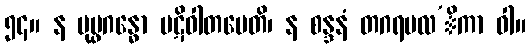
၅၄။ န ပုပ္ဖဂန္ဓော ပဋိဝါတမေတိ၊ န စန္ဒနံ တဂရမလ’ိကာ ဝါ။